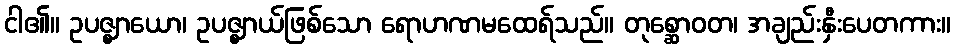
ငါ၏။ ဥပဇ္ဈာယော၊ ဥပဇ္ဈာယ်ဖြစ်သော ရောဟဏမထေရ်သည်။ တုစ္ဆောဝတ၊ အချည်းနှီးပေတကား။